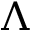
\Lambda